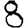
Digit: 8